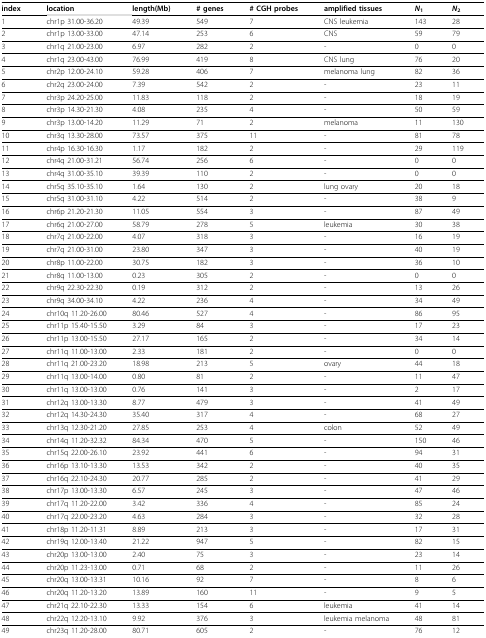
<table><thead><tr><td><b>index</b></td><td><b>location</b></td><td><b>length(Mb)</b></td><td><b># genes</b></td><td><b># CGH probes</b></td><td><b>amplified tissues</b></td><td><b><i>N</i><sub>1</sub></b></td><td><b><i>N</i><sub>2</sub></b></td></tr></thead><tbody><tr><td>1</td><td>chr1p 31.00-36.20</td><td>49.39</td><td>549</td><td>7</td><td>CNS leukemia</td><td>143</td><td>28</td></tr><tr><td>2</td><td>chr1p 13.00-33.00</td><td>47.14</td><td>253</td><td>6</td><td>CNS</td><td>59</td><td>79</td></tr><tr><td>3</td><td>chr1q 21.00-23.00</td><td>6.97</td><td>282</td><td>2</td><td>-</td><td>0</td><td>0</td></tr><tr><td>4</td><td>chr1q 23.00-43.00</td><td>76.99</td><td>419</td><td>8</td><td>CNS lung</td><td>76</td><td>20</td></tr><tr><td>5</td><td>chr2p 12.00-24.10</td><td>59.28</td><td>406</td><td>7</td><td>melanoma lung</td><td>82</td><td>36</td></tr><tr><td>6</td><td>chr2q 23.00-24.00</td><td>7.39</td><td>542</td><td>2</td><td>-</td><td>23</td><td>11</td></tr><tr><td>7</td><td>chr3p 24.20-25.00</td><td>11.83</td><td>118</td><td>2</td><td>-</td><td>18</td><td>19</td></tr><tr><td>8</td><td>chr3p 14.30-21.30</td><td>4.08</td><td>235</td><td>4</td><td>-</td><td>50</td><td>59</td></tr><tr><td>9</td><td>chr3p 13.00-14.20</td><td>11.29</td><td>71</td><td>2</td><td>melanoma</td><td>11</td><td>130</td></tr><tr><td>10</td><td>chr3q 13.30-28.00</td><td>73.57</td><td>375</td><td>11</td><td>-</td><td>81</td><td>78</td></tr><tr><td>11</td><td>chr4p 16.30-16.30</td><td>1.17</td><td>182</td><td>2</td><td>-</td><td>29</td><td>119</td></tr><tr><td>12</td><td>chr4q 21.00-31.21</td><td>56.74</td><td>256</td><td>6</td><td>-</td><td>0</td><td>0</td></tr><tr><td>13</td><td>chr4q 31.00-35.10</td><td>39.39</td><td>110</td><td>2</td><td>-</td><td>0</td><td>0</td></tr><tr><td>14</td><td>chr5q 35.10-35.10</td><td>1.64</td><td>130</td><td>2</td><td>lung ovary</td><td>20</td><td>18</td></tr><tr><td>15</td><td>chr5q 31.00-31.10</td><td>4.22</td><td>514</td><td>2</td><td>-</td><td>38</td><td>9</td></tr><tr><td>16</td><td>chr6p 21.20-21.30</td><td>11.05</td><td>554</td><td>3</td><td>-</td><td>87</td><td>49</td></tr><tr><td>17</td><td>chr6q 21.00-27.00</td><td>58.79</td><td>278</td><td>5</td><td>leukemia</td><td>30</td><td>38</td></tr><tr><td>18</td><td>chr7q 21.00-22.00</td><td>4.07</td><td>318</td><td>3</td><td>-</td><td>16</td><td>19</td></tr><tr><td>19</td><td>chr7q 21.00-31.00</td><td>23.80</td><td>347</td><td>3</td><td>-</td><td>40</td><td>19</td></tr><tr><td>20</td><td>chr8p 11.00-22.00</td><td>30.75</td><td>182</td><td>3</td><td>-</td><td>36</td><td>10</td></tr><tr><td>21</td><td>chr8q 11.00-13.00</td><td>0.23</td><td>305</td><td>2</td><td>-</td><td>0</td><td>0</td></tr><tr><td>22</td><td>chr9q 22.30-22.30</td><td>0.19</td><td>312</td><td>2</td><td>-</td><td>13</td><td>26</td></tr><tr><td>23</td><td>chr9q 34.00-34.10</td><td>4.22</td><td>236</td><td>4</td><td>-</td><td>34</td><td>49</td></tr><tr><td>24</td><td>chr10q 11.20-26.00</td><td>80.46</td><td>527</td><td>4</td><td>-</td><td>86</td><td>95</td></tr><tr><td>25</td><td>chr11p 15.40-15.50</td><td>3.29</td><td>84</td><td>3</td><td>-</td><td>17</td><td>23</td></tr><tr><td>26</td><td>chr11p 13.00-15.50</td><td>27.17</td><td>165</td><td>2</td><td>-</td><td>34</td><td>14</td></tr><tr><td>27</td><td>chr11q 11.00-13.00</td><td>2.33</td><td>181</td><td>2</td><td>-</td><td>0</td><td>0</td></tr><tr><td>28</td><td>chr11q 21.00-23.20</td><td>18.98</td><td>213</td><td>5</td><td>ovary</td><td>44</td><td>18</td></tr><tr><td>29</td><td>chr11q 13.00-14.00</td><td>0.80</td><td>81</td><td>2</td><td>-</td><td>11</td><td>47</td></tr><tr><td>30</td><td>chr11q 13.00-13.00</td><td>0.76</td><td>141</td><td>3</td><td>-</td><td>2</td><td>17</td></tr><tr><td>31</td><td>chr12q 13.00-13.30</td><td>8.77</td><td>479</td><td>3</td><td>-</td><td>41</td><td>49</td></tr><tr><td>32</td><td>chr12q 14.30-24.30</td><td>35.40</td><td>317</td><td>4</td><td>-</td><td>68</td><td>27</td></tr><tr><td>33</td><td>chr13q 12.30-21.20</td><td>27.85</td><td>253</td><td>4</td><td>colon</td><td>52</td><td>49</td></tr><tr><td>34</td><td>chr14q 11.20-32.32</td><td>84.34</td><td>470</td><td>5</td><td>-</td><td>150</td><td>46</td></tr><tr><td>35</td><td>chr15q 22.00-26.10</td><td>23.92</td><td>441</td><td>6</td><td>-</td><td>94</td><td>31</td></tr><tr><td>36</td><td>chr16p 13.10-13.30</td><td>13.53</td><td>342</td><td>2</td><td>-</td><td>40</td><td>35</td></tr><tr><td>37</td><td>chr16q 22.10-24.30</td><td>20.77</td><td>285</td><td>2</td><td>-</td><td>41</td><td>29</td></tr><tr><td>38</td><td>chr17p 13.00-13.30</td><td>6.57</td><td>245</td><td>3</td><td>-</td><td>47</td><td>46</td></tr><tr><td>39</td><td>chr17q 11.20-22.00</td><td>3.42</td><td>336</td><td>4</td><td>-</td><td>85</td><td>24</td></tr><tr><td>40</td><td>chr17q 22.00-23.20</td><td>4.63</td><td>284</td><td>3</td><td>-</td><td>32</td><td>28</td></tr><tr><td>41</td><td>chr18p 11.20-11.31</td><td>8.89</td><td>213</td><td>3</td><td>-</td><td>17</td><td>31</td></tr><tr><td>42</td><td>chr19q 12.00-13.40</td><td>21.22</td><td>947</td><td>5</td><td>-</td><td>82</td><td>15</td></tr><tr><td>43</td><td>chr20p 13.00-13.00</td><td>2.40</td><td>75</td><td>3</td><td>-</td><td>23</td><td>14</td></tr><tr><td>44</td><td>chr20p 11.23-13.00</td><td>0.71</td><td>68</td><td>2</td><td>-</td><td>11</td><td>26</td></tr><tr><td>45</td><td>chr20q 13.00-13.31</td><td>10.16</td><td>92</td><td>7</td><td>-</td><td>8</td><td>6</td></tr><tr><td>46</td><td>chr20q 11.20-13.20</td><td>13.89</td><td>160</td><td>11</td><td>-</td><td>9</td><td>5</td></tr><tr><td>47</td><td>chr21q 22.10-22.30</td><td>13.33</td><td>154</td><td>6</td><td>leukemia</td><td>41</td><td>14</td></tr><tr><td>48</td><td>chr22q 12.20-13.10</td><td>9.92</td><td>376</td><td>3</td><td>leukemia melanoma</td><td>48</td><td>81</td></tr><tr><td>49</td><td>chr23q 11.20-28.00</td><td>80.71</td><td>605</td><td>2</td><td>-</td><td>76</td><td>12</td></tr></tbody></table>